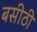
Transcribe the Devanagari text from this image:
बसीठी